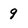
Character: 9